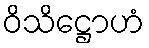
ဝိသိဋ္ဌောဟံ